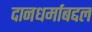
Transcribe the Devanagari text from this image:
दानधर्माबद्दल